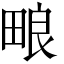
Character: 𬏊